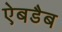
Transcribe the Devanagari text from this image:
ऐबडैब